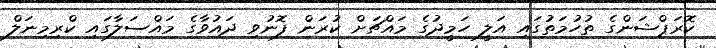
ކޮރަޕްޝަންގެ ތުހުމަތުގައި އަލީ ހަމީދުގެ މައްޗަށް ކުރަން ފޮނުވި ދައުވާގެ މައްސަލާގައި ކްރިމިނަލް